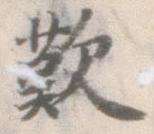
歎